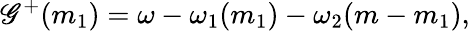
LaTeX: \mathscr{G}^{+}(m_{1})=\omega-\omega_{1}(m_{1})-\omega_{2}(m-m_{1}),